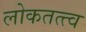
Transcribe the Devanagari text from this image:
लोकतत्त्व